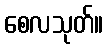
စေလသုတ်။